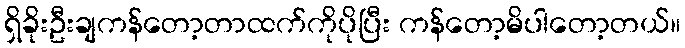
ရှိခိုးဦးချကန်တော့တာထက်ကိုပိုပြီး ကန်တော့မိပါတော့တယ်။